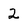
Character: 2